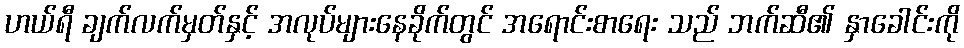
ဟယ်ရီ ချက်လက်မှတ်နှင့် အလုပ်များနေခိုက်တွင် အရောင်းစာရေး သည် ဘက်ဆီ၏ နှာခေါင်းကို